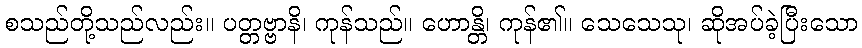
စသည်တို့သည်လည်း။ ပတ္တဗ္ဗာနိ၊ ကုန်သည်။ ဟောန္တိ၊ ကုန်၏။ သေသေသု၊ ဆိုအပ်ခဲ့ပြီးသော